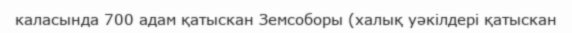
каласында 700 адам қатыскан Земсоборы (халық уәкілдері қатыскан